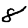
Digit: 8